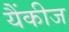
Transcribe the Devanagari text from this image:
यैंकीज